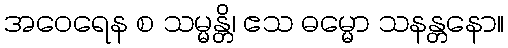
အဝေရေန စ သမ္မန္တိ၊ ဧသ ဓမ္မော သနန္တနော။